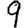
Digit: 9